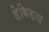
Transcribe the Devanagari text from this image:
डेबिडस